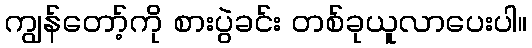
ကျွန်တော့်ကို စားပွဲခင်း တစ်ခုယူလာပေးပါ။